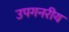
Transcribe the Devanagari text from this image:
उपगनरीय